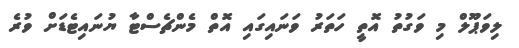
ލިވަޕޫލް މި ވަގުތު އޮތީ ހަތަރު ވަނައިގައި އޮތް މެންޗެސްޓާ ޔުނައިޓެޑަށް ވުރެ